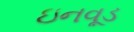
ઇનવૂડ